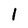
Character: 1